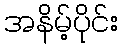
အနိမ့်ပိုင်း